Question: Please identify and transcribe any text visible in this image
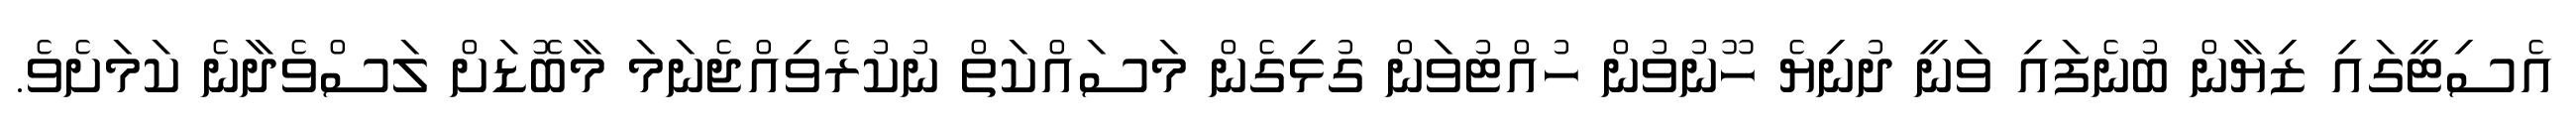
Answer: އެސިޓީގައި ޒިޔާން ބުނެފައި ވަނީ ދުނިޔެ ހޫނުވުން ހުއްޓުވަން ގުޅިގެން މަސައްކަތް ނުކުރެވިއްޖެނަމަ މާބޮޑަށް ލަސްވެދާނެ ކަމަށެވެ.